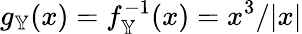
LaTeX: g_{\mathbb{Y}}(x)=f_{\mathbb{Y}}^{-1}(x)=x^{3}/|x|